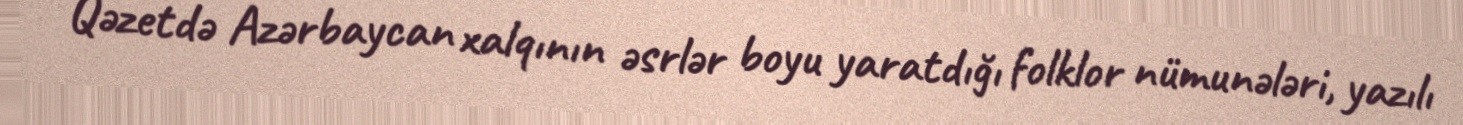
Qəzetdə Azərbaycan xalqının əsrlər boyu yaratdığı folklor nümunələri, yazılı